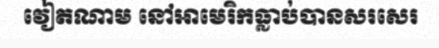
វៀតណាម នៅអាមេរិកធ្លាប់បានសរសេរ